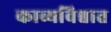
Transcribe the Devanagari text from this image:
काव्यविश्वात